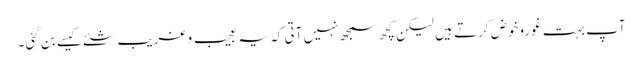
آپ بہت غوروخوض کرتے ہیں لیکن کچھ سمجھ نہیں آتی کہ یہ عجیب و غریب شئے کیسے بن گئی۔